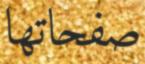
صفحاتھا